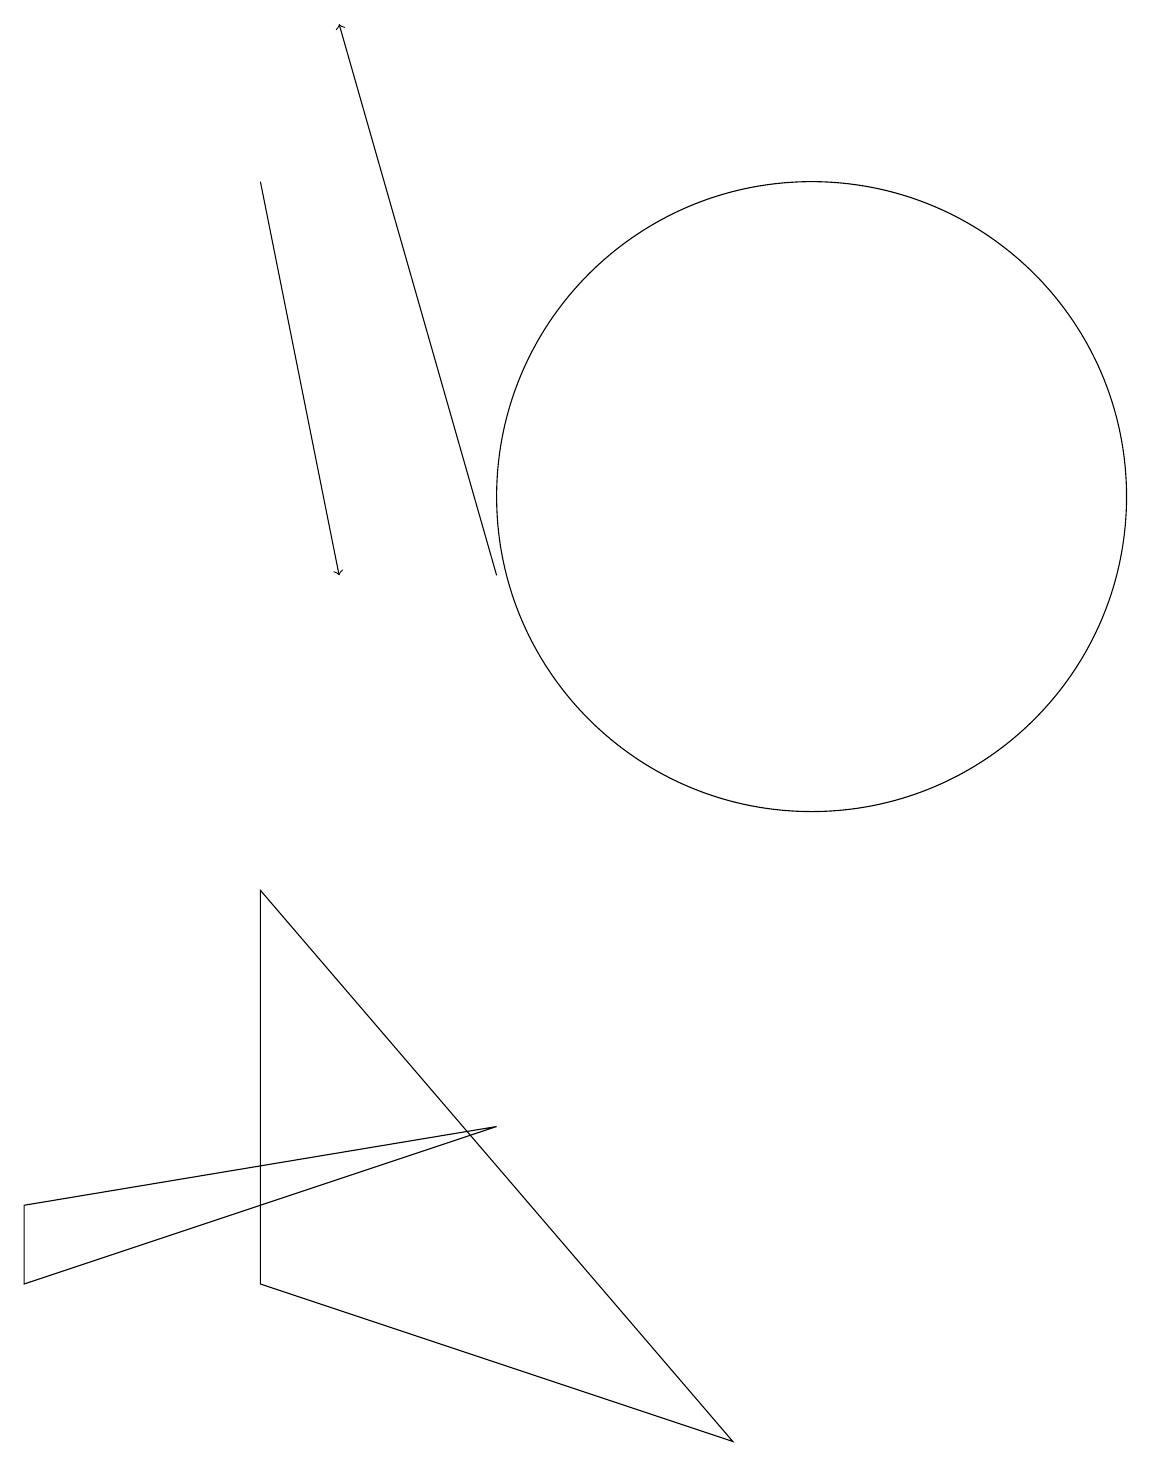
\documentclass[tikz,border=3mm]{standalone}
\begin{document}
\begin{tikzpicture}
\draw (0,3) -- (6,4) -- (0,2) -- cycle;
\draw (3,2) -- (3,7) -- (9,0) -- cycle;
\draw[->] (3,16) -- (4,11);
\draw (10,12) circle (4);
\draw[->] (6,11) -- (4,18);
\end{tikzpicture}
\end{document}